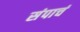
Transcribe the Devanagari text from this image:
संपाचं